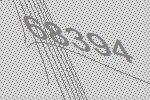
68394